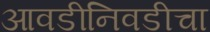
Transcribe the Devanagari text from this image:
आवडीनिवडीचा